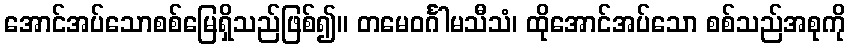
အောင်အပ်သောစစ်မြေရှိသည်ဖြစ်၍။ တမေဝင်္ဂါမသီသံ၊ ထိုအောင်အပ်သော စစ်သည်အစုကို